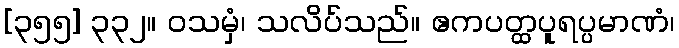
[၃၅၅] ၃၃၂။ ဝသမှံ၊ သလိပ်သည်။ ဧကပတ္ထပူရပ္ပမာဏံ၊